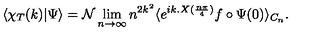
\langle \chi _ { T } ( k ) | \Psi \rangle = \mathcal { N } \lim _ { n \to \infty } n ^ { 2 k ^ { 2 } } \langle e ^ { i k . X ( \frac { n \pi } { 4 } ) } f \circ \Psi ( 0 ) \rangle _ { C _ { n } } .